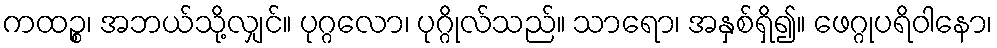
ကထဉ္စ၊ အဘယ်သို့လျှင်။ ပုဂ္ဂလော၊ ပုဂ္ဂိုလ်သည်။ သာရော၊ အနှစ်ရှိ၍။ ဖေဂ္ဂုပရိဝါနော၊